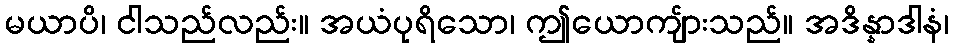
မယာပိ၊ ငါသည်လည်း။ အယံပုရိသော၊ ဤယောကျ်ားသည်။ အဒိန္နာဒါနံ၊